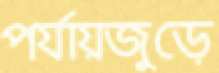
পর্যায়জুড়ে